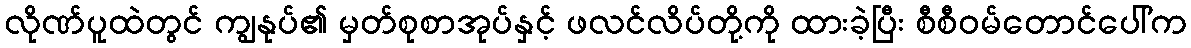
လိုဏ်ပူထဲတွင် ကျွနုပ်၏ မှတ်စုစာအုပ်နှင့် ဖလင်လိပ်တို့ကို ထားခဲ့ပြီး စီစီဝမ်တောင်ပေါ်က